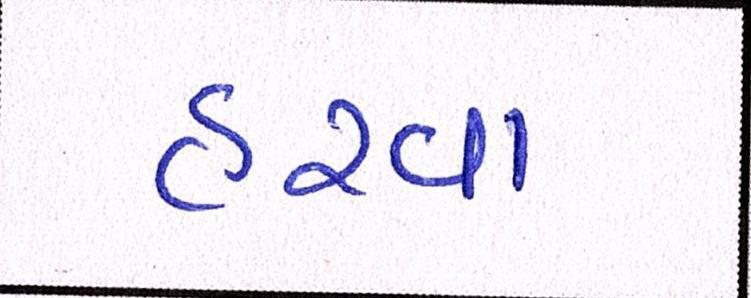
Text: હરવા